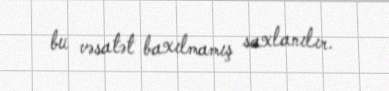
bu vəsatət baxılmamış saxlanılır.